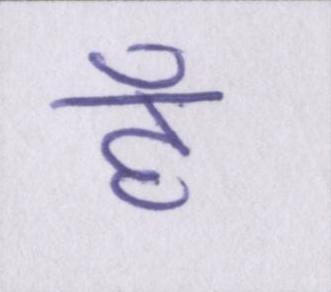
हैँ